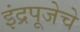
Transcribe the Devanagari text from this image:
इंद्रपूजेचे